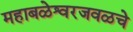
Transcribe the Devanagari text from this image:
महाबळेश्वरजवळचे